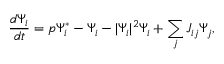
\frac { d \Psi _ { i } } { d t } = p \Psi _ { i } ^ { * } - \Psi _ { i } - | \Psi _ { i } | ^ { 2 } \Psi _ { i } + \sum _ { j } J _ { i j } \Psi _ { j } ,